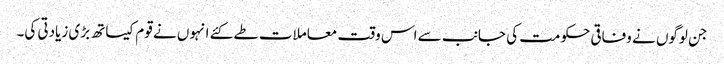
جن لوگوں نے وفاقی حکومت کی جانب سے اس وقت معاملات طے کئے انہوں نے قوم کیساتھ بڑی زیادتی کی۔